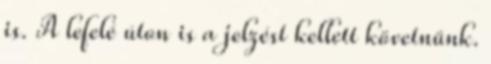
is. A lefelé úton is a jelzést kellett követnünk.